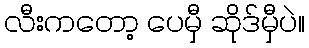
လီးကတော့ ပေမှီ ဆိုဒ်မှီပဲ။